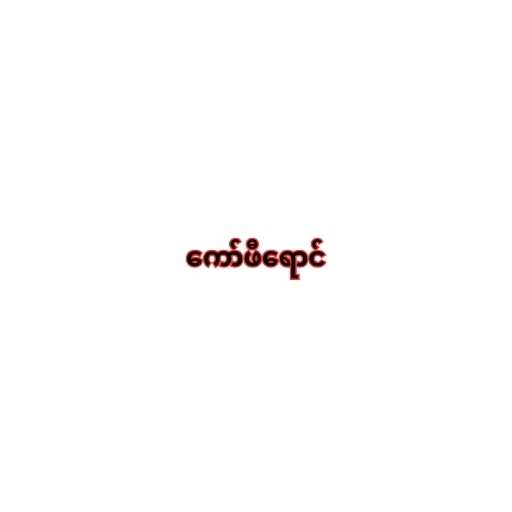
ကော်ဖီရောင်